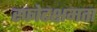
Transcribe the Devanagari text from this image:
स्फोटक्षमता